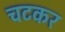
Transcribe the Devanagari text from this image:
चटकर